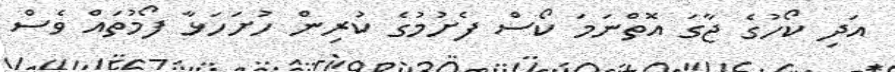
އަދި ކޯހުގެ ޖާގަ އޮތްނަމަ ކޯސް ފެށުމުގެ ކުރިން ހުށަހަޅާ ފޯމުތައް ވެސް